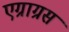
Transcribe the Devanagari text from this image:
एग्राग्रस